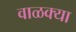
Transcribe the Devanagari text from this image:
वाळक्या